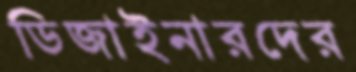
ডিজাইনারদের